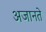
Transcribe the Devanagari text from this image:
अजानते